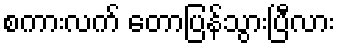
စကားလက် တောပြန်သွားပြီလား